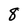
Character: 8